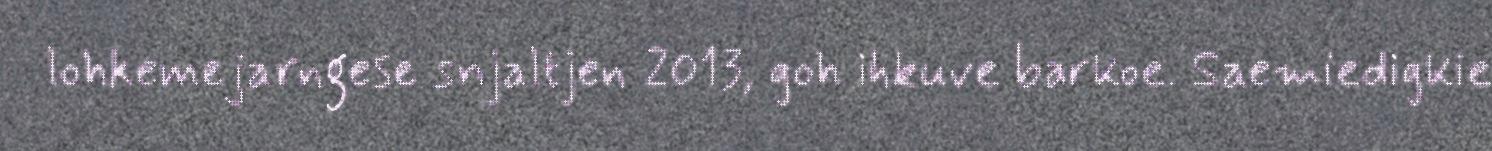
lohkemejarngese snjaltjen 2013, goh ihkuve barkoe. Saemiedigkie